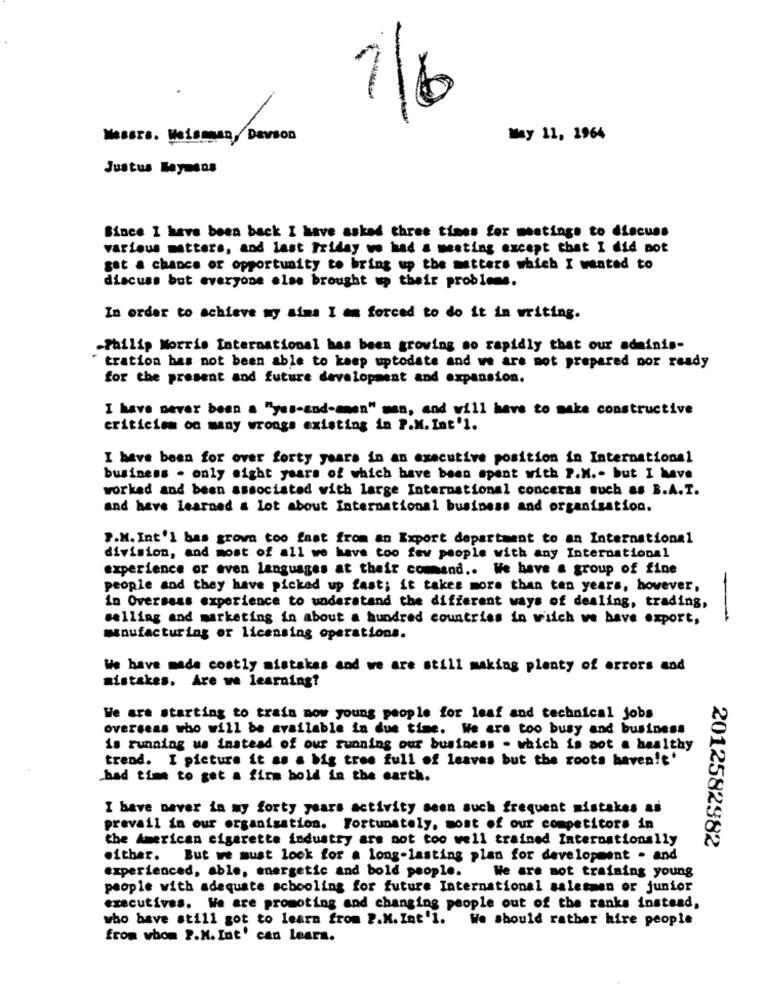
16
Messrs. Weisman, Dawson
May 11, 1964
Justus leyesns
Since I have been back I have asked three times for meetings to discuss
various matters, and last Friday we had a meeting except that I did not
get a chance of opportunity to bring up the matters which I wanted to
discuss but everyone else brought up their problems.
In order to achieve my sims I en forced to do it in writing.
-Philip Morris International has been growing so rapidly that our adminis-
tration has not been able to keep uptodate and we are not prepared nor ready
for the present and future development and expansion.
I have never been a "yes-and-men" man, and will have to make constructive
criticism on many wrongs existing in P.M. Int'1.
I have been for over forty years in an executive position in International
business . only eight years of which have been spent with P.M .- but I have
worked and been associated with large International conceras such as B.A.T.
and have learned a lot about International business and organisation.
P.M. Int'l bas grova too fast from an Export department to an International
division, and most of all we have too few people with any International
experience or even languages at their comand .. We have a group of fine
people and they have picked up fast; it takes more than ten years, however,
in Overseas experience to understand the different ways of dealing, trading,
selling and marketing in about a hundred countries in wiich ve have export,
-
manufacturing or licensing operations.
We have made costly mistakes and we are still making plenty of errors and
mistakes. Are we learning?
We are starting to train now young people for leaf and technical jobs
overseas who will be available in due time. We are too busy and business
is running us instead of our running our business - which is not a healthy
trend. I picture it as a big tree full of leaves but the roots haven't'
.had time to get a firm bold in the earth.
I have never in my forty years activity seen such frequent mistakes as
prevail in our organisation. Fortunately, most of our competitors in
the American cigarette industry are not too well trained Internationally
2012582982
either. But we must look for a long-lasting plan for development . and
experienced, able, energetic and bold people.
We are not training young
people with adequate schooling for future International salesmen or junior
executives. We are promoting and changing people out of the ranks instead,
who have still got to learn from P.M.Int'l. We should rather hire people
from whom ?. M. Int' can lears.